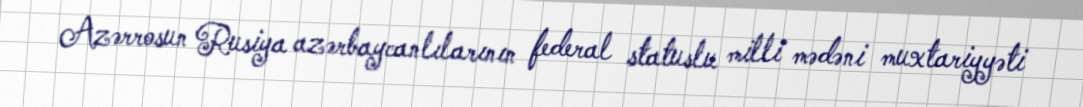
Azərrosun Rusiya azərbaycanlılarının federal statuslu milli mədəni muxtariyyəti